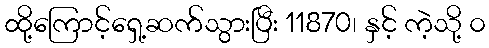
ထို့ကြောင့်ရှေ့ဆက်သွားပြီး 11870၊ နှင့် ကဲ့သို့ ၀